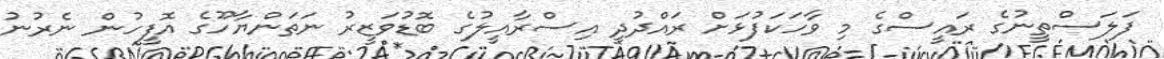
ފަލަސްތީނުގެ ރައީސްގެ މި ވާހަކަފުޅަށް ރައްދުދީ އިސްރާއީލުގެ ބޮޑުވަޒީރު ނަތަންޔާހޫގެ އޮފީހުން ނެރުނު